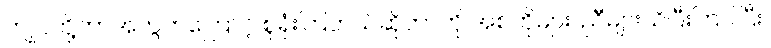
ကျုပ်တို့ဘာအတွက်ကြောင့် စုရုံးကြတယ်ဆိုတာကို အစ်ကိုများ၊ ညီများသိပြီးကြပါပြီး၊